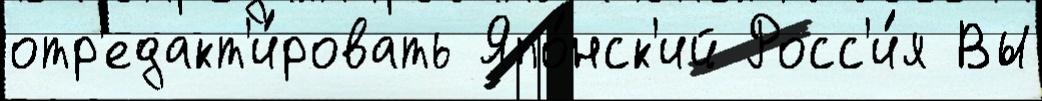
отр'едакт'и́ровать Япо́нск'ий Росс'и́я Вы